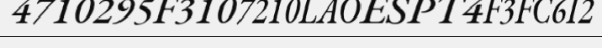
4710295F3107210LAOESPT4F3FC6I2